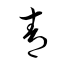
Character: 靑